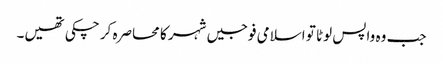
جب وہ واپس لوٹا تو اسلامی فوجیں شہر کا محاصرہ کر چکی تھیں۔